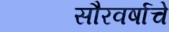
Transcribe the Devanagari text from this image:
सौरवर्षाचे